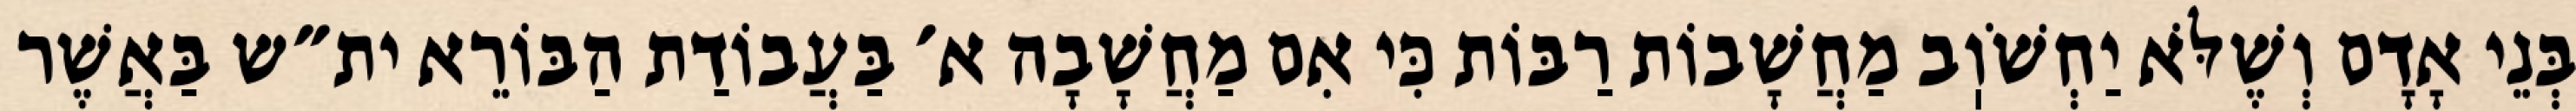
בְּנֵי אָדָם וְשֶׁלֹּא יַחְשֹׁוֽב מַחֲשָׁבוֹת רַבּוֹת כִּי אִם מַחֲשָׁבָה א׳ בַּעֲבוֹדַת הַבּוֹרֵא ית״ש בַּאֲשֶׁר